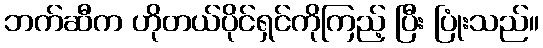
ဘက်ဆီက ဟိုတယ်ပိုင်ရှင်ကိုကြည့် ပြီး ပြုံးသည်။